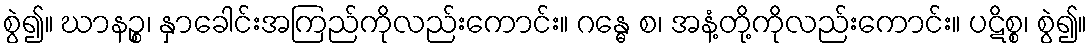
စွဲ၍။ ဃာနဉ္စ၊ နှာခေါင်းအကြည်ကိုလည်းကောင်း။ ဂန္ဓေ စ၊ အနံ့တို့ကိုလည်းကောင်း။ ပဋိစ္စ၊ စွဲ၍။